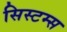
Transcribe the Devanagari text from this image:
सिस्टम्स